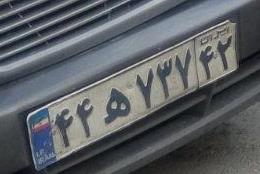
۴۴ه۷۳۷۴۲